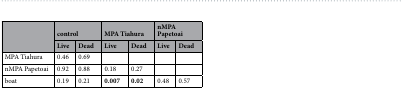
<table><thead><tr><td rowspan="2"></td><td colspan="2"><b>control</b></td><td colspan="2"><b>MPA Tiahura</b></td><td colspan="2"><b>nMPA Papetoai</b></td></tr><tr><td><b>Live</b></td><td><b>Dead</b></td><td><b>Live</b></td><td><b>Dead</b></td><td><b>Live</b></td><td><b>Dead</b></td></tr></thead><tbody><tr><td>MPA Tiahura</td><td>0.46</td><td>0.69</td><td></td><td></td><td></td><td></td></tr><tr><td>nMPA Papetoai</td><td>0.92</td><td>0.88</td><td>0.18</td><td>0.27</td><td></td><td></td></tr><tr><td>boat</td><td>0.19</td><td>0.21</td><td><b>0.007</b></td><td><b>0.02</b></td><td>0.48</td><td>0.57</td></tr></tbody></table>